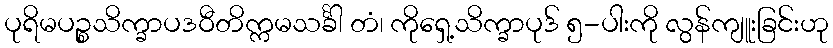
ပုရိမပဉ္စသိက္ခာပဒဝီတိက္ကမသင်္ခါ တံ၊ ကိုရှေ့သိက္ခာပုဒ် ၅-ပါးကို လွန်ကျူးခြင်းဟု